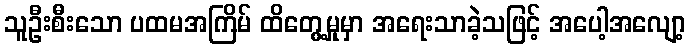
သူဦးစီးသော ပထမအကြိမ် ထိတွေ့မှုမှာ အရေးသာခဲ့သဖြင့် အပေါ့အလျော့